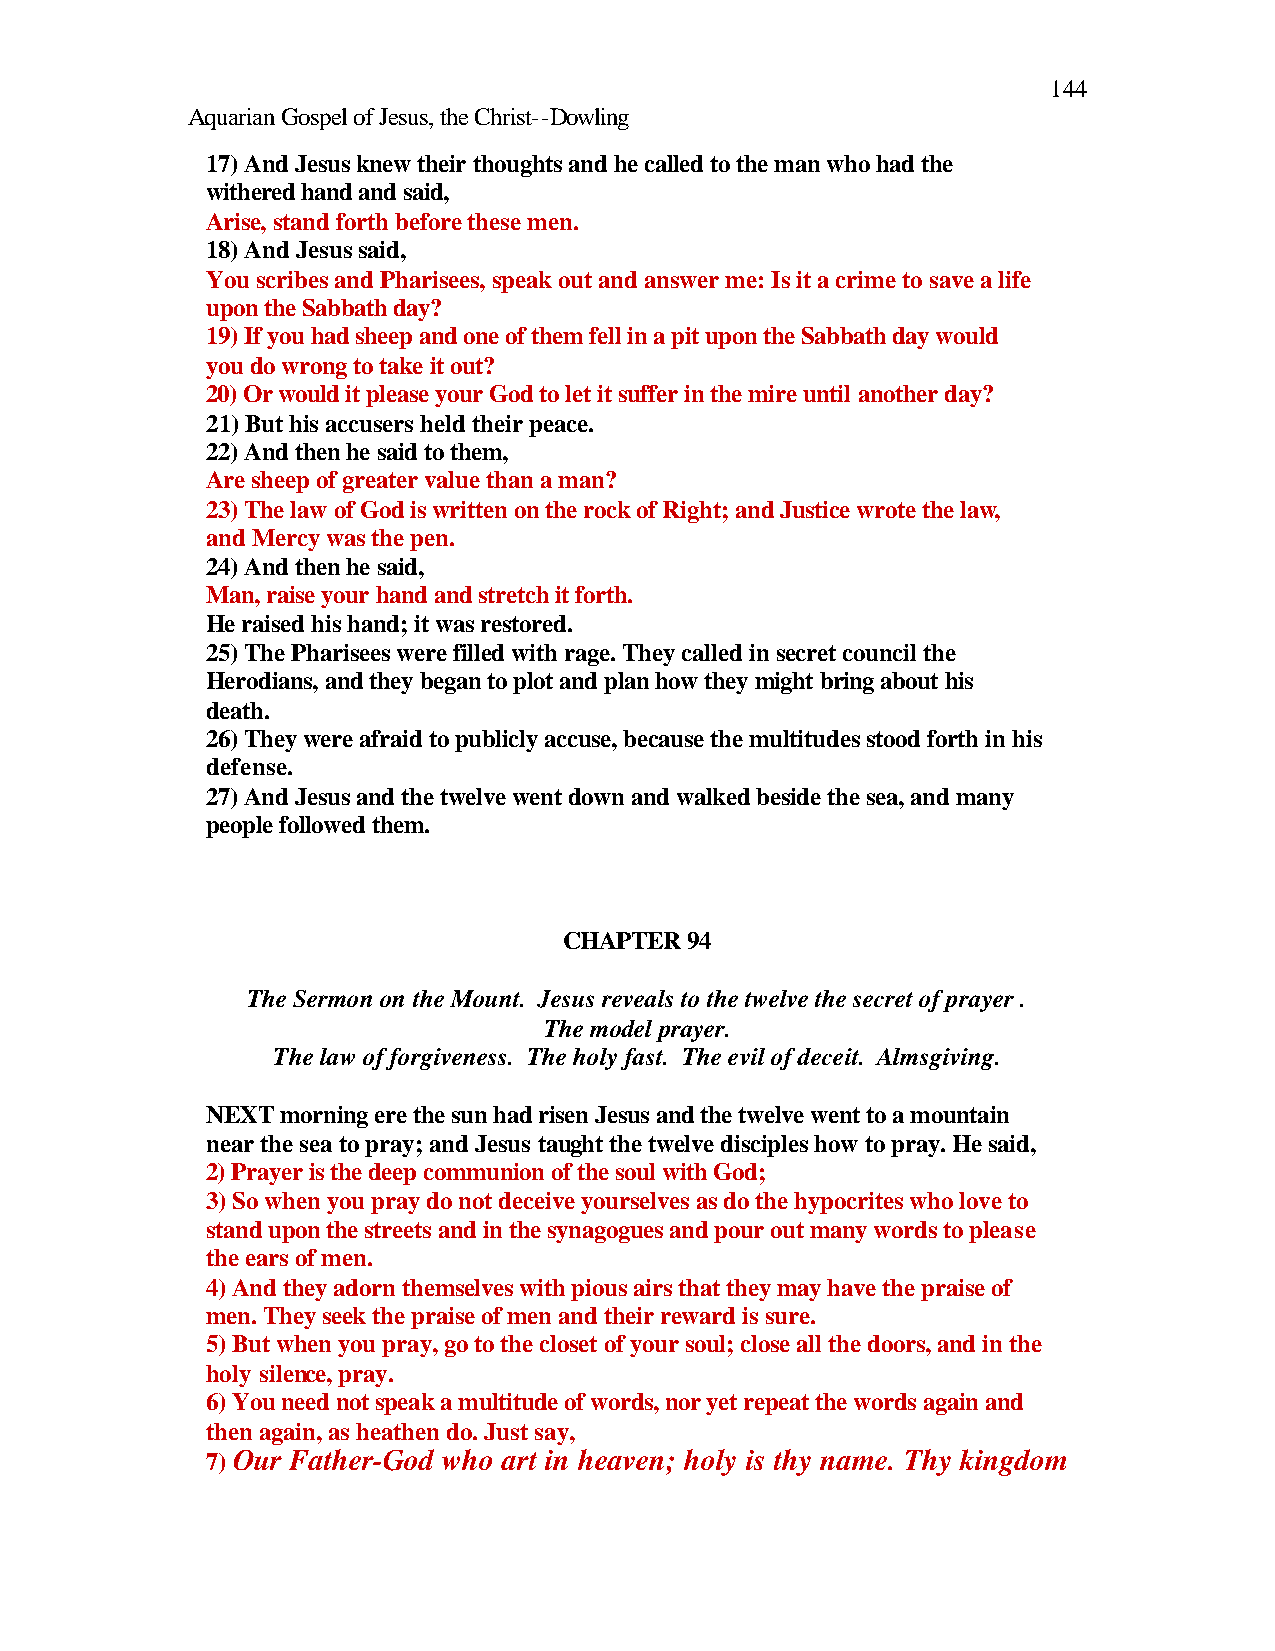
144
 Aquarian Gospel of Jesus, the Christ--Dowling
 17) And Jesus knew their thoughts and he called to the man who had the
 withered hand and said,
 Arise, stand forth before these men.
 18) And Jesus said,
 You scribes and Pharisees, speak out and answer me: Is it a crime to save a life
 upon the Sabbath day?
 19) If you had sheep and one of them fell in a pit upon the Sabbath day would
 you do wrong to take it out?
 20) Or would it please your God to let it suffer in the mire until another day?
 21) But his accusers held their peace.
 22) And then he said to them,
 Are sheep of greater value than a man?
 23) The law of God is written on the rock of Right; and Justice wrote the law,
 and Mercy was the pen.
 24) And then he said,
 Man, raise your hand and stretch it forth.
 He raised his hand; it was restored.
 25) The Pharisees were filled with rage. They called in secret council the
 Herodians, and they began to plot and plan how they might bring about his
 death.
 26) They were afraid to publicly accuse, because the multitudes stood forth in his
 defense.
 27) And Jesus and the twelve went down and walked beside the sea, and many
 people followed them.
 CHAPTER 94
 The Sermon on the Mount. Jesus reveals to the twelve the secret of prayer .
 The model prayer.
 The law of forgiveness. The holy fast. The evil of deceit. Almsgiving.
 NEXT morning ere the sun had risen Jesus and the twelve went to a mountain
 near the sea to pray; and Jesus taught the twelve disciples how to pray. He said,
 2) Prayer is the deep communion of the soul with God;
 3) So when you pray do not deceive yourselves as do the hypocrites who love to
 stand upon the streets and in the synagogues and pour out many words to please
 the ears of men.
 4) And they adorn themselves with pious airs that they may have the praise of
 men. They seek the praise of men and their reward is sure.
 5) But when you pray, go to the closet of your soul; close all the doors, and in the
 holy silence, pray.
 6) You need not speak a multitude of words, nor yet repeat the words again and
 then again, as heathen do. Just say,
 7) Our Father-God who art in heaven; holy is thy name. Thy kingdom